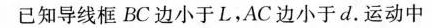
已知导线框BC边小于L，AC边小于d。运动中